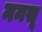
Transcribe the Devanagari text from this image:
मनसू